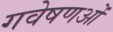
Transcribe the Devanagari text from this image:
गवेषणओं